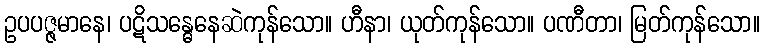
ဥပပဇ္ဇမာနေ၊ ပဋိသန္ဓေနေဆဲကုန်သော။ ဟီနာ၊ ယုတ်ကုန်သော။ ပဏီတာ၊ မြတ်ကုန်သော။